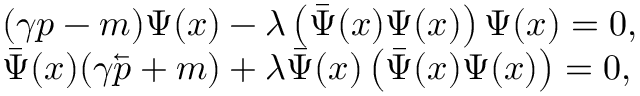
\begin{array} { l } { { ( \gamma p - m ) \Psi ( x ) - \lambda \left( \bar { \Psi } ( x ) \Psi ( x ) \right) \Psi ( x ) = 0 , } } \\ { { \bar { \Psi } ( x ) ( \gamma \overleftarrow { p } + m ) + \lambda \bar { \Psi } ( x ) \left( \bar { \Psi } ( x ) \Psi ( x ) \right) = 0 , } } \end{array}